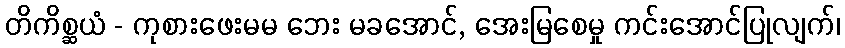
တိကိစ္ဆယံ - ကုစားဖေးမမ ဘေး မခအောင်, အေးမြစေမှု ကင်းအောင်ပြုလျက်၊